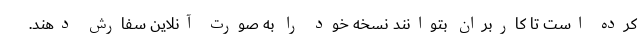
کرده است تا کاربران بتوانند نسخه خود را به صورت آنلاین سفارش دهند.